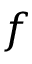
f